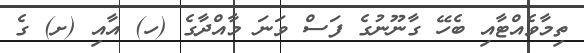
ތިމާވެއްޓާއި ބެހޭ ގާނޫނުގެ ފަސް ވަނަ މާއްދާގެ (ހ) އާއި (ށ) ގެ